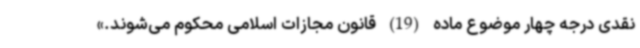
نقدی درجه چهار موضوع ماده (19) قانون مجازات اسلامی محکوم می‌شوند.»